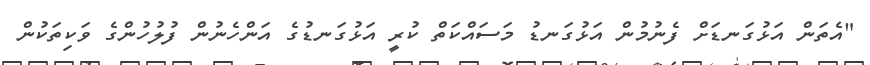
"އެތަން އަޅުގަނޑަށް ފެނުމުން އަޅުގަނޑު މަސައްކަތް ކުރީ އަޅުގަނޑުގެ އަންހެނުން ފުލުހުންގެ ވަކިތަކުން